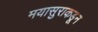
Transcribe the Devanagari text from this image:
मयासुराकडून